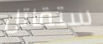
ستقاتل